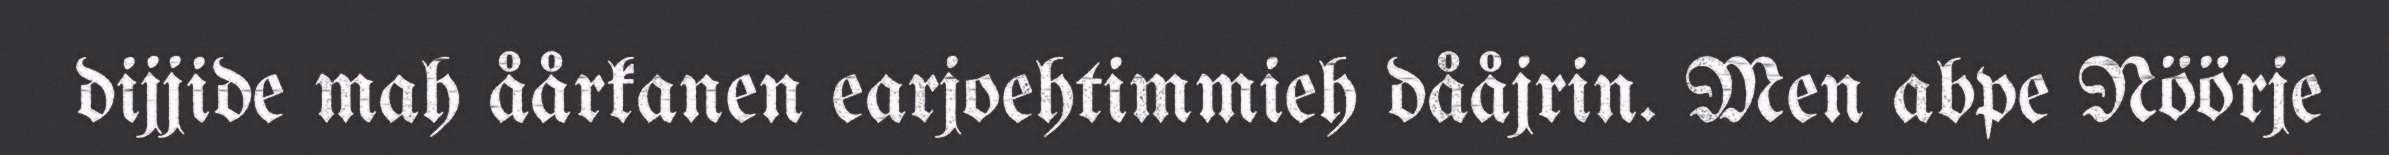
dijjide mah åårkanen earjoehtimmieh dååjrin. Men abpe Nöörje